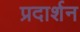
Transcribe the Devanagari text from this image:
प्रदार्शन